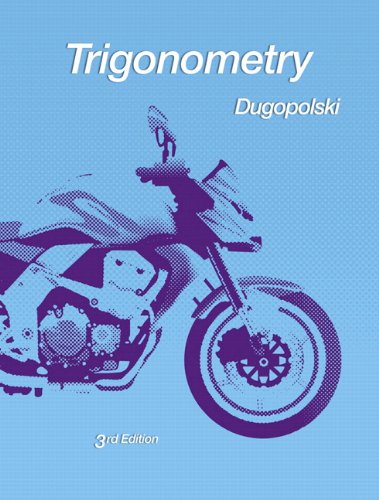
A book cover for Trigonometry (3rd Edition); Mark Dugopolski; Science & Math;